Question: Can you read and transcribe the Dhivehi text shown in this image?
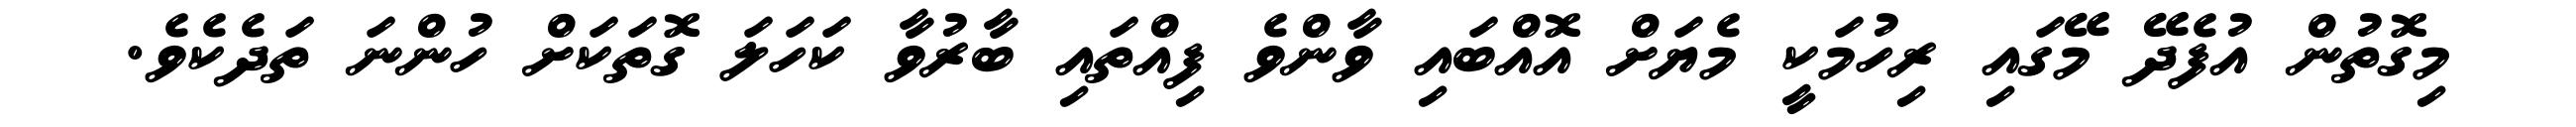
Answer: މިގޮތުން އުފެދޭ މޭގައި ރިހުމަކީ މެޔަށް އޮއްބައި ވާންވެ ފިއްތައި ބާރުވާ ކަހަލަ ގޮތަކަށް ހުންނަ ތަދެކެވެ.